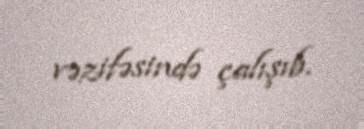
vəzifəsində çalışıb.